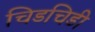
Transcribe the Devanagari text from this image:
चिडचिडी